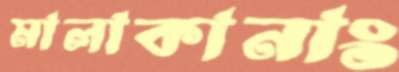
মালাকানাং